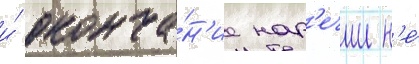
и́ оконча́н'ие нар'ечии н'е́